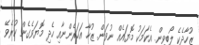
ޒުހާދެކެ ލޯބިވިން. އެކަމަކު މޮޔައެއް ނުވަން. ޒުހާ އަހަރެންނާއި ހެދި މޮޔަވެގެން ކުރެވޭ